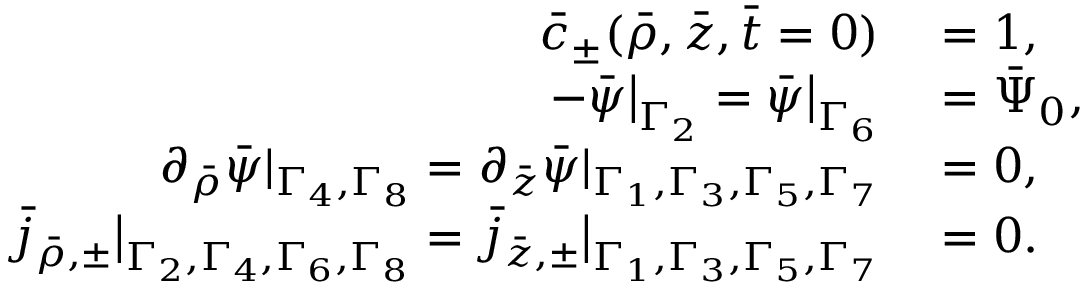
\begin{array} { r l } { \bar { c } _ { \pm } ( \bar { \rho } , \bar { z } , \bar { t } = 0 ) } & { { } = 1 , } \\ { - \bar { \psi } \big | _ { \Gamma _ { 2 } } = \bar { \psi } \big | _ { \Gamma _ { 6 } } } & { { } = \bar { \Psi } _ { 0 } , } \\ { \partial _ { \bar { \rho } } \bar { \psi } | _ { \Gamma _ { 4 } , \Gamma _ { 8 } } = \partial _ { \bar { z } } \bar { \psi } | _ { \Gamma _ { 1 } , \Gamma _ { 3 } , \Gamma _ { 5 } , \Gamma _ { 7 } } } & { { } = 0 , } \\ { \bar { j } _ { \bar { \rho } , \pm } \big | _ { \Gamma _ { 2 } , \Gamma _ { 4 } , \Gamma _ { 6 } , \Gamma _ { 8 } } = \bar { j } _ { \bar { z } , \pm } \big | _ { \Gamma _ { 1 } , \Gamma _ { 3 } , \Gamma _ { 5 } , \Gamma _ { 7 } } } & { { } = 0 . } \end{array}